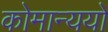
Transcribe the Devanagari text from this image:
कोमान्ययों